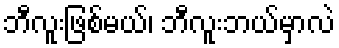
ဘီလူးဖြစ်မယ်၊ ဘီလူးဘယ်မှာလဲ